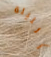
الليلة